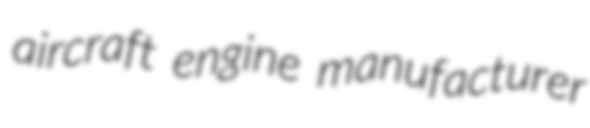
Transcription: aircraft engine manufacturer